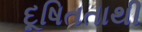
દૂષિતતાથી